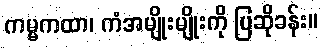
ကမ္မကထာ၊ ကံအမျိုးမျိုးကို ပြဆိုခန်း။